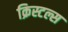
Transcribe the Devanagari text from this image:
क्रिस्टल्स